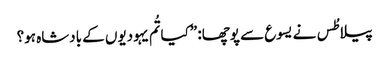
‏ پیلاطُس نے یسوع سے پوچھا:‏ ”‏کیا تُم یہودیوں کے بادشاہ ہو؟